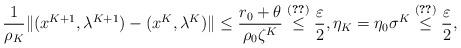
LaTeX: \begin{align*}\frac{1}{\rho_K}\|(x^{K+1},\lambda^{K+1})-(x^K,\lambda^K)\| \leq \frac{r_0+\theta}{\rho_0\zeta^K} \overset{\eqref{K}}{\leq} \frac{\varepsilon}{2}, \eta_K=\eta_0\sigma^K\overset{\eqref{K}}{\leq}\frac{\varepsilon}{2},\end{align*}